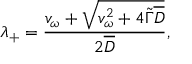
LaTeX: \lambda _ { + } = \frac { v _ { \omega } + \sqrt { v _ { \omega } ^ { 2 } + 4 \widetilde { \Gamma } \overline { { { D } } } } } { 2 \overline { { { D } } } } ,